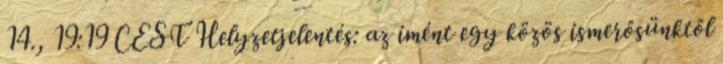
14., 19:19 CEST Helyzetjelentés: az imént egy közös ismerősünktől